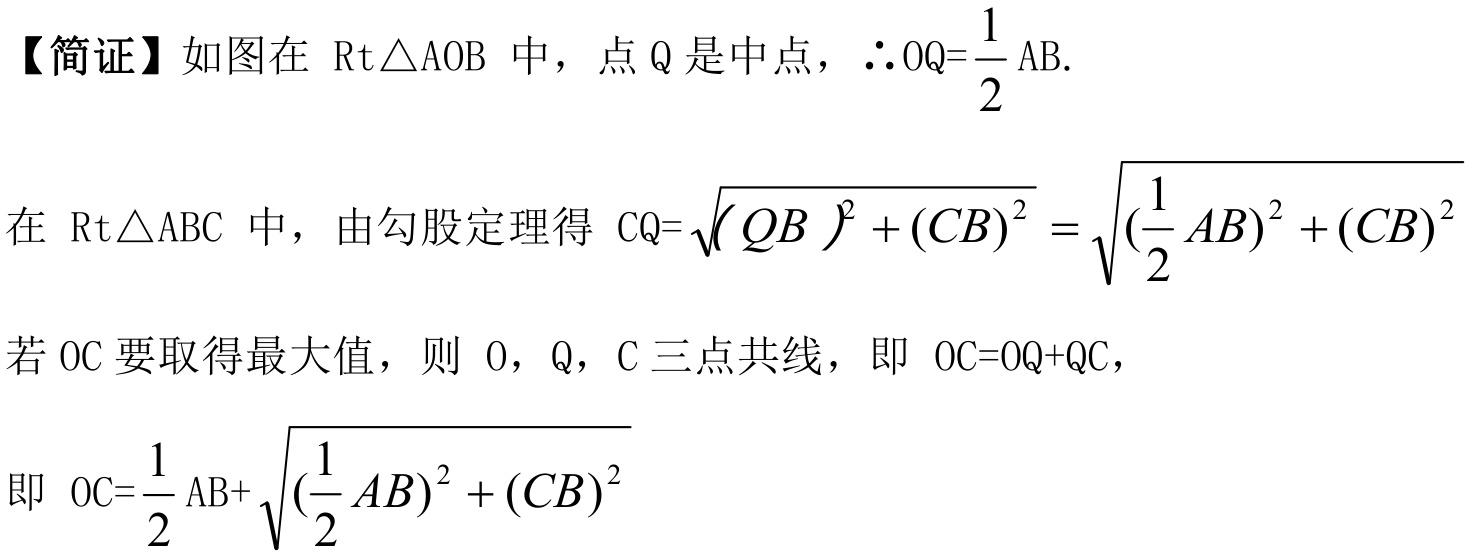
【简证】如图在\(\text{Rt}\triangle\text{AOB}\)中，点\(Q\)是中点，\(\therefore OQ = \dfrac{1}{2}AB\).

在\(\text{Rt}\triangle\text{ABC}\)中，由勾股定理得\(CQ=\sqrt{(QB)^{2}+(CB)^{2}}=\sqrt{(\dfrac{1}{2}AB)^{2}+(CB)^{2}}\)

若\(OC\)要取得最大值，则\(O\)，\(Q\)，\(C\)三点共线，即\(OC = OQ + QC\)，

即\(OC=\dfrac{1}{2}AB+\sqrt{(\dfrac{1}{2}AB)^{2}+(CB)^{2}}\)